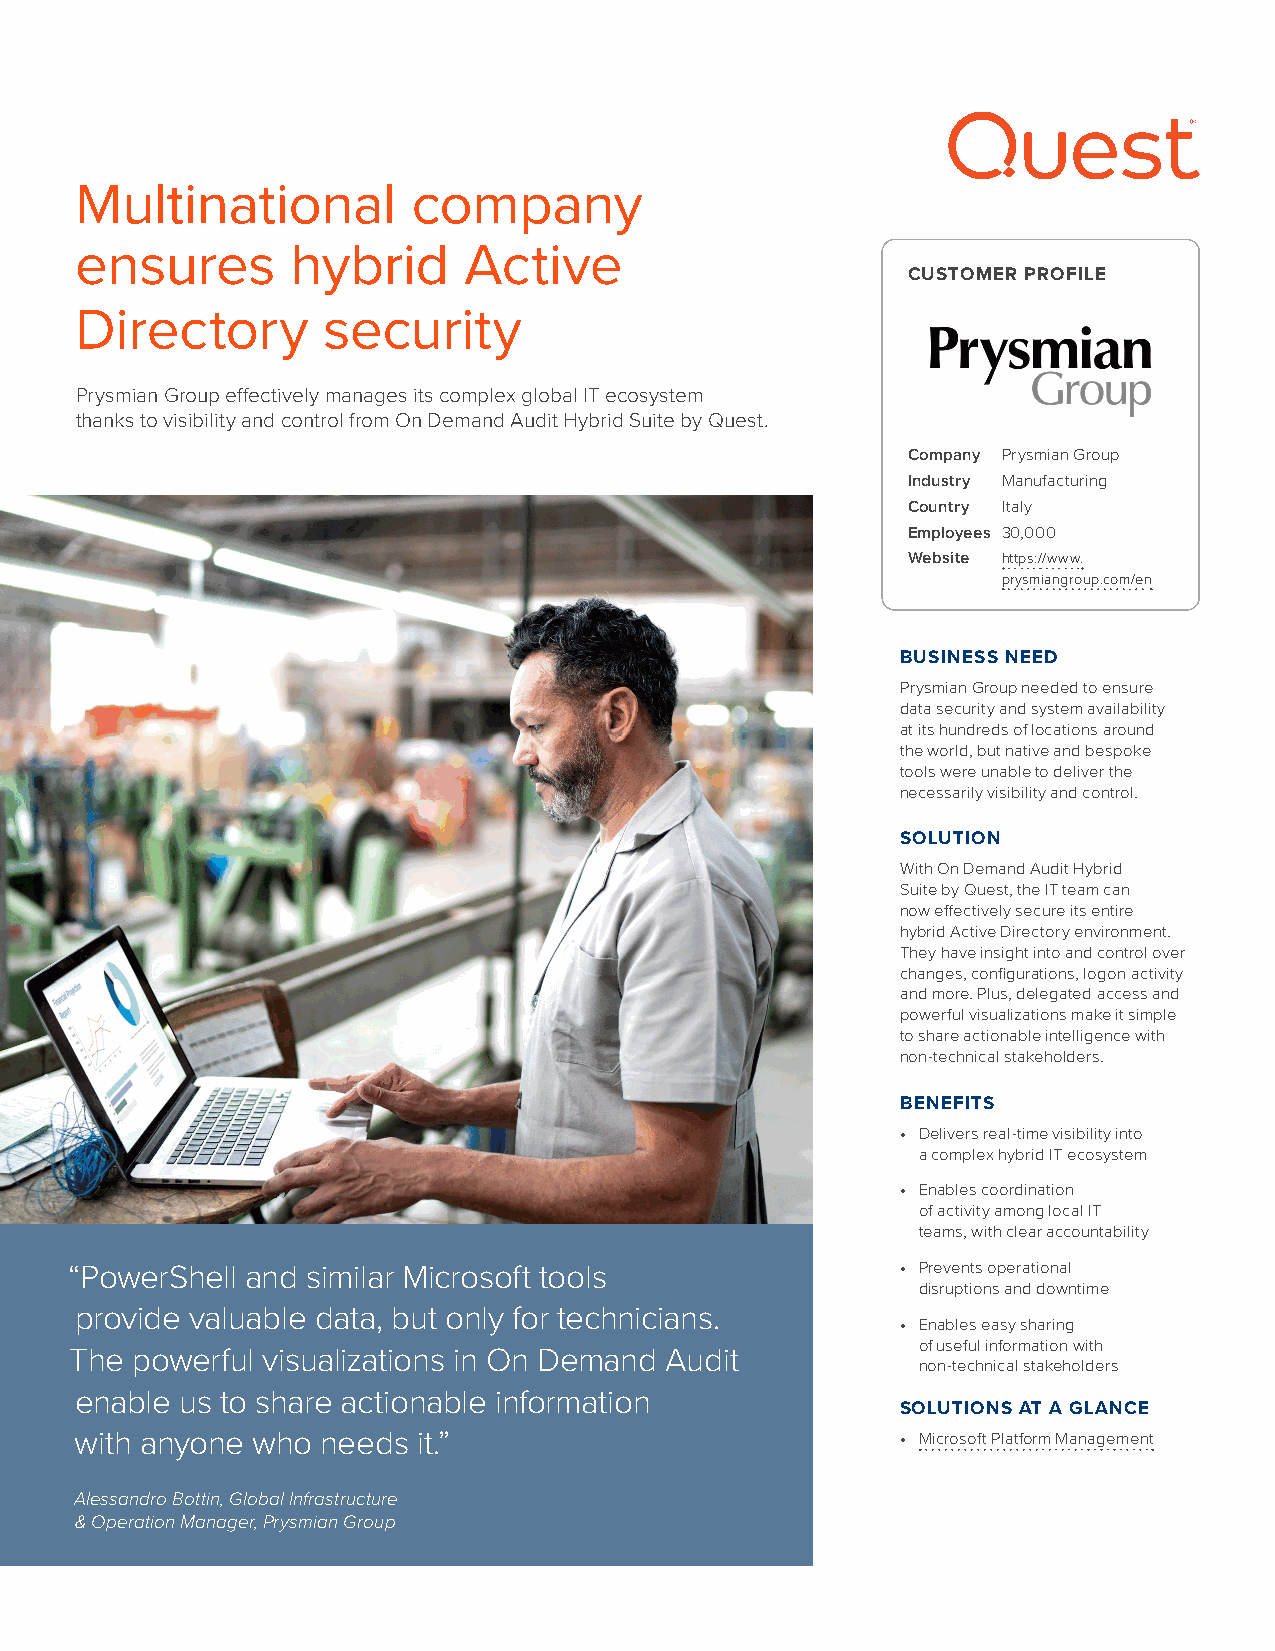
Multinational         company
 ensures       hybrid      Active
 CUSTOMER PROFILE
 Directory       security
 Prysmian Group effectively manages its complex global IT ecosystem
 thanks to visibility and control from On Demand Audit Hybrid Suite by Quest.
 Company Prysmian Group
 Industry Manufacturing
 Country Italy
 Employees 30,000
 Website https://www.
 prysmiangroup.com/en
 BUSINESS NEED
 Prysmian Group needed to ensure
 data security and system availability
 at its hundreds of locations around
 the world, but native and bespoke
 tools were unable to deliver the
 necessarily visibility and control.
 SOLUTION
 With On Demand Audit Hybrid
 Suite by Quest, the IT team can
 now effectively secure its entire
 hybrid Active Directory environment.
 They have insight into and control over
 changes, configurations, logon activity
 and more. Plus, delegated access and
 powerful visualizations make it simple
 to share actionable intelligence with
 non-technical stakeholders.
 BENEFITS
 • Delivers real-time visibility into
 a complex hybrid IT ecosystem
 • Enables coordination
 of activity among local IT
 teams, with clear accountability
 “PowerShell and similar Microsoft tools                • Prevents operational
 disruptions and downtime
 provide valuable data, but only for technicians.
 • Enables easy sharing
 of useful information with
 The powerful visualizations in On Demand Audit
 non-technical stakeholders
 enable us to share actionable information
 SOLUTIONS AT A GLANCE
 with anyone who needs  it.”                            • Microsoft Platform Management
 Alessandro Bottin, Global Infrastructure
 & Operation Manager, Prysmian Group